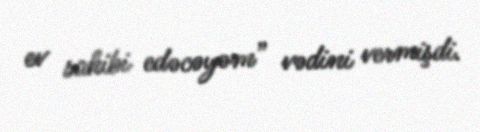
ev sahibi edəcəyəm” vədini vermişdi.